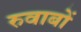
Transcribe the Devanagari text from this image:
रुवाबों